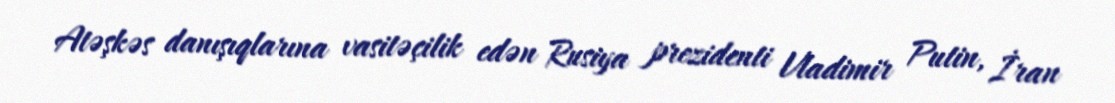
Atəşkəs danışıqlarına vasitəçilik edən Rusiya prezidenti Vladimir Putin, İran